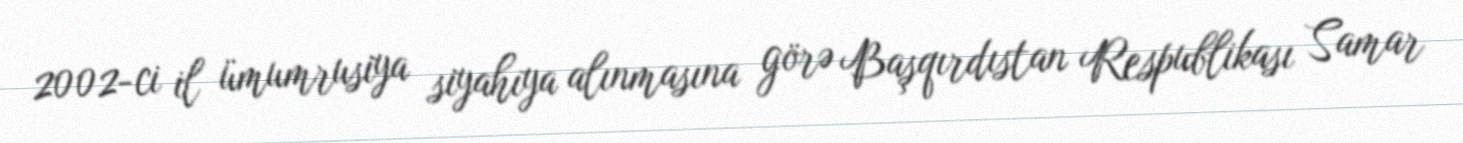
2002-ci il ümumrusiya siyahıya alınmasına görə Başqırdıstan Respublikası Samar